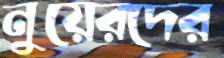
নুয়েরদের